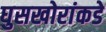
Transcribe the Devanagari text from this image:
घुसखोरांकडे